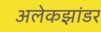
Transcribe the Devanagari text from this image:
अलेकझांडर